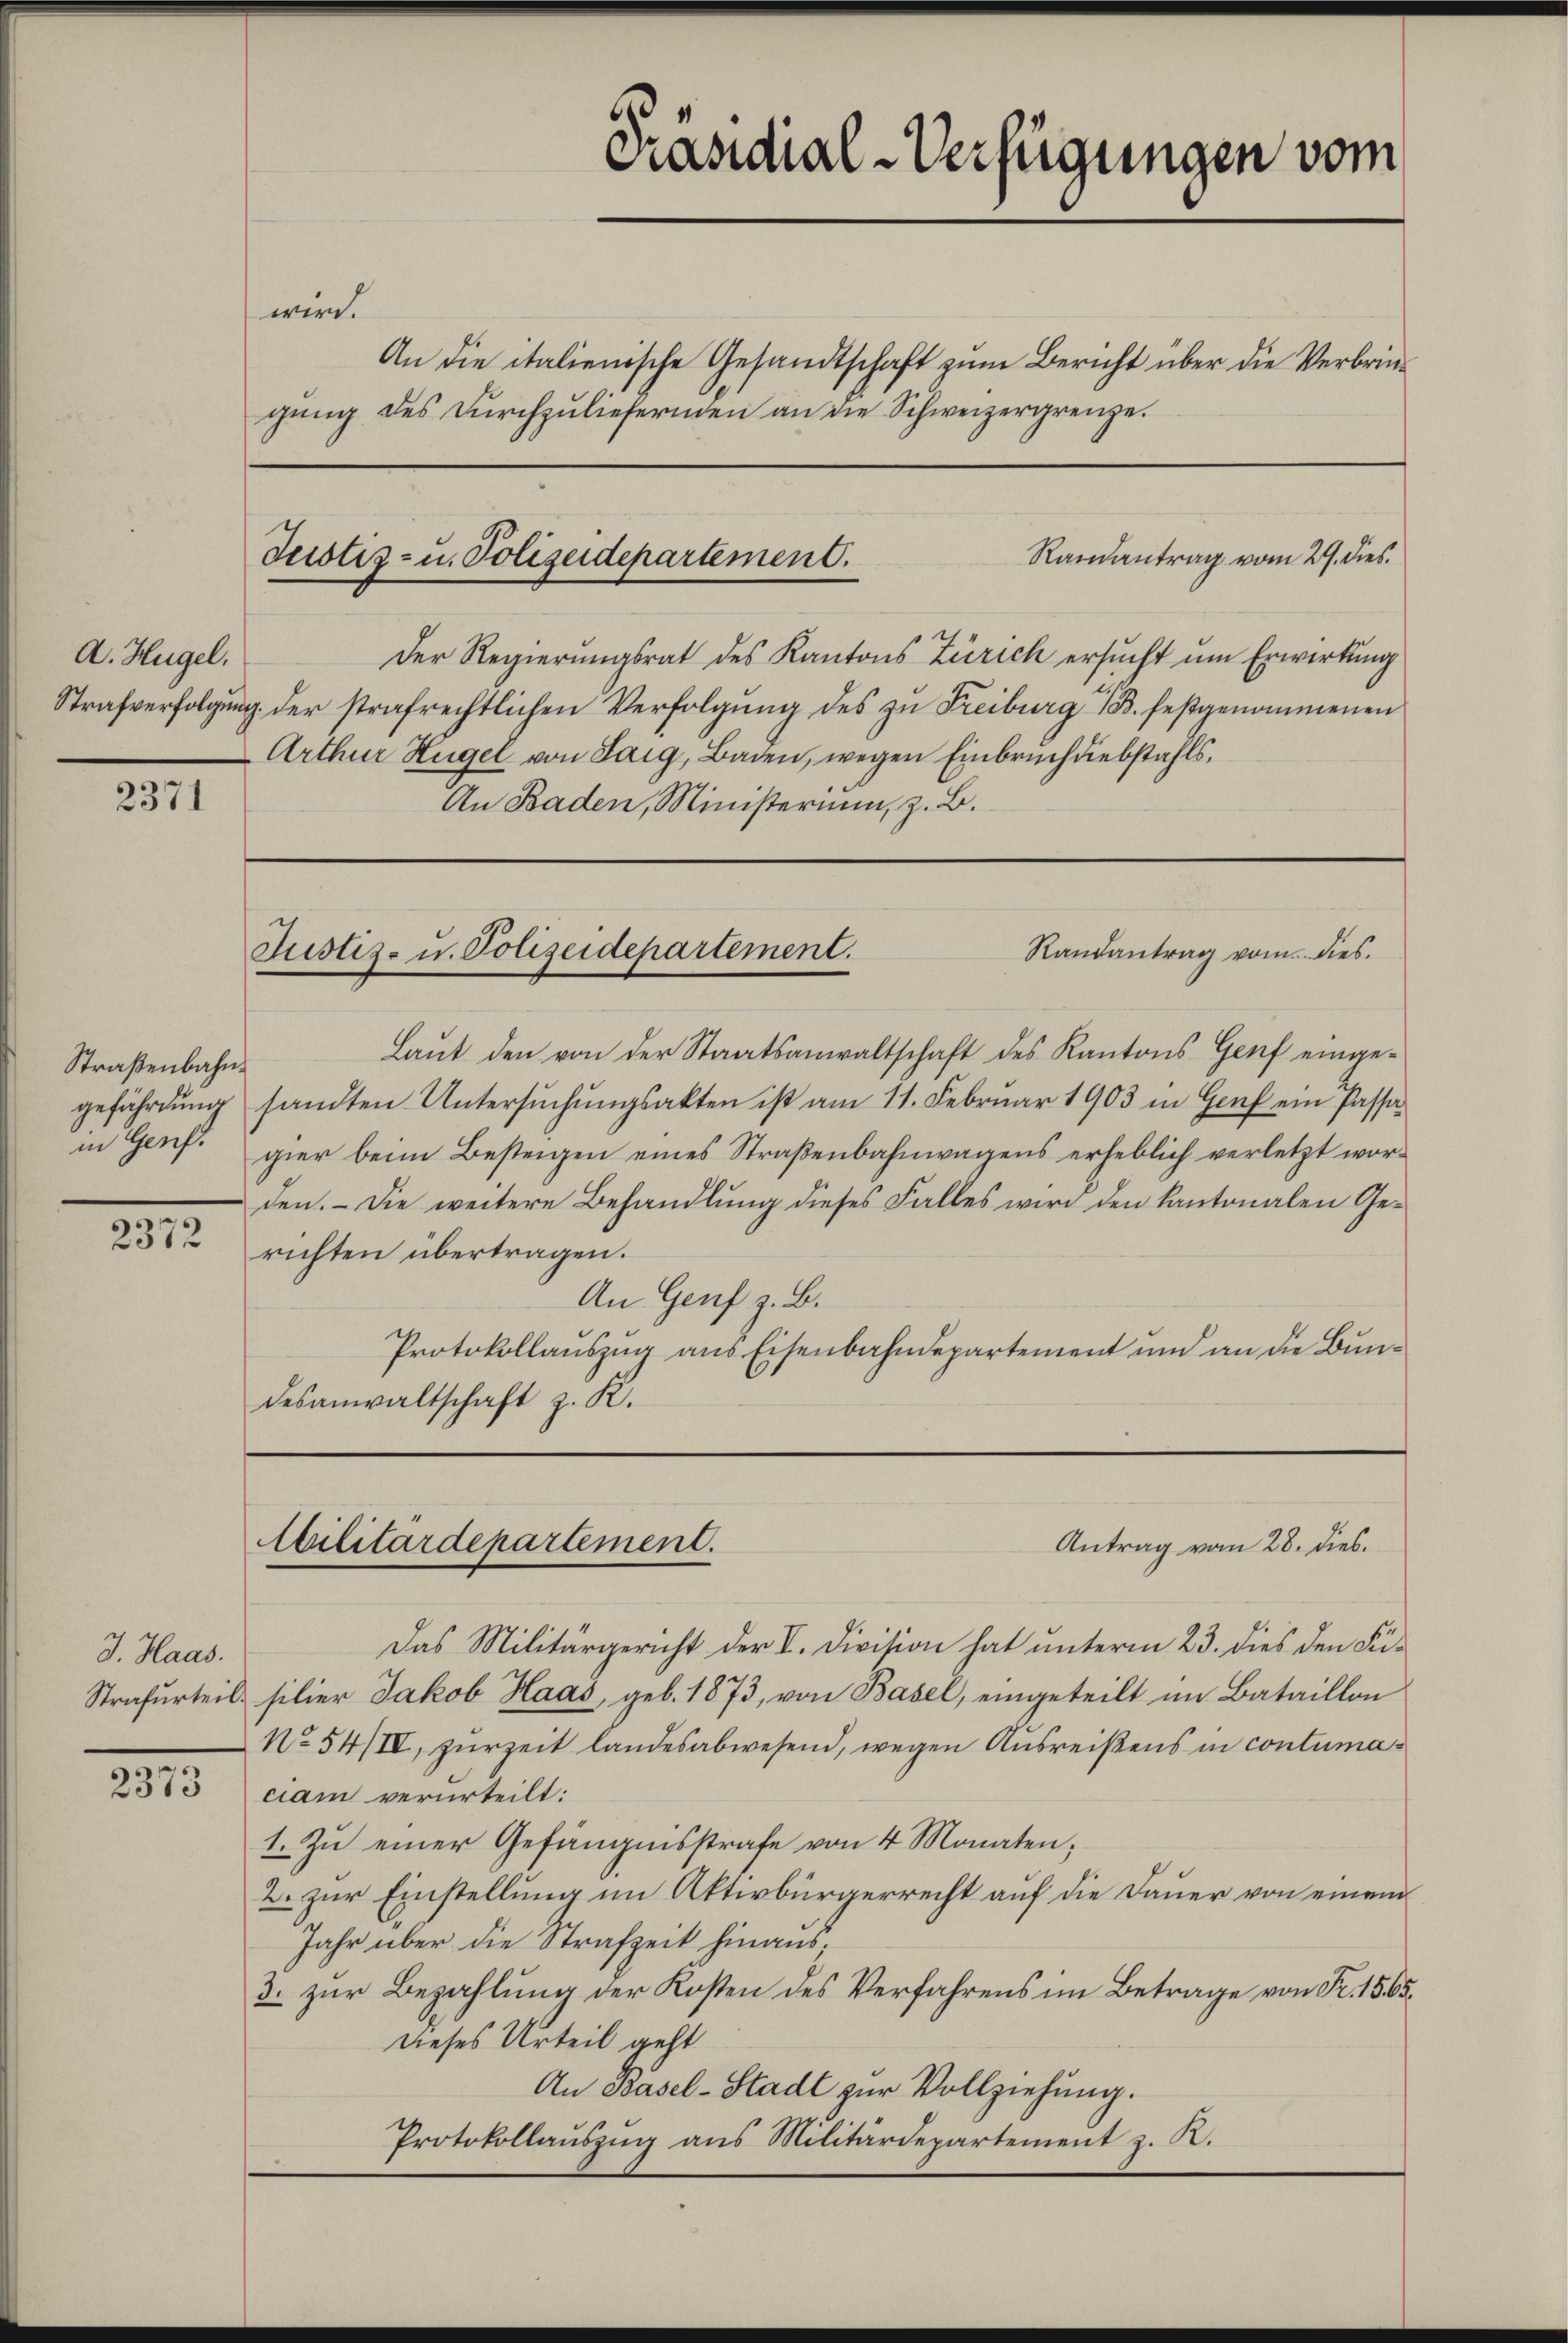
A. Hügel,

2371

Straßenbahn¬

2372

J. Haas.

2373

wird.
An die italienische Gesandtschaft zum Bericht über die Verbringung des Durchzuliefernden an die Schweizergrenze.

Justiz- u. Polizeidepartement.

Randantrag vom 29. dies
Der Regierungsrat des Kantons Zürich ersucht um Erwertung
Strafverfolgung der strafrechtlichen Verfolgung des zu Freiburg i/B. festgenommenen
Arthur Hügel von Laig, Baden, wegen Einbruch diebstahls¬
An Baden, Ministerium, z. B.

Präsidial-Verfügungen vom

Laut den von der Staatsanwaltschaft des Kantons Genf eingegefährdung sandten Untersŭchŭngsakten ist am 11. Februar 1903 in Genf ein Passain Genf. gier beim Besteigen eines Straßenbahnwagens erheblich verletzt worden. - Die weitere Behandlung dieses Falles wird den kantonalen Gerichten übertragen.
An Genf z. B.
Protokollauszug aus Eisenbahndepartement und an die Bundesanwaltschaft z. K.

Randantrag vom dies
Justiz- u. Polizeidepartement.

Militärdepartement.

Das Militärgericht der V. Division hat unterm 23. dies den Fi¬
Strafurteil silier Jakob Haas, geb. 1873, von Basel, eingeteilt im Bataillon
No 54/IV, zur Zeit landesabwesend, wegen Ausreißens in contumaciam verurteilt:
1. Zu einer Gefängnisstrafe von 4 Monaten;
2. zur Einstellung im Aktivbürgerrecht auf die Dauer von einem
Jahr über die Strafzeit hinaus,
3. zur Bezahlung der Kosten des Verfahrens im Betrage von Fr. 156.
Dieses Urteil geht
An Basel-Stadt zur Vollziehung.
Protokollaŭszŭg ans Militärdepartement z. R.

Antrag vom 28. dies.